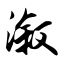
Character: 溆